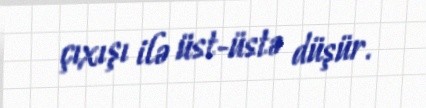
çıxışı ilə üst-üstə düşür.